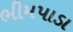
ભીમપાડા